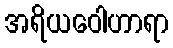
အရိယဝေါဟာရာ